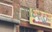
દણોદરડા